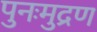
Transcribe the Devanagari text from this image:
पुनःमुद्रण